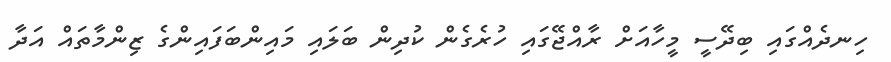
ހިނދެއްގައި ބިދޭސީ މީހާއަށް ރާއްޖޭގައި ހުރެގެން ކުދިން ބަލައި މައިންބަފައިންގެ ޒިންމާތައް އަދާ